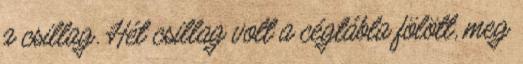
a csillag. Hét csillag volt a cégtábla fölött, meg